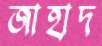
জাহাদ